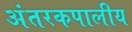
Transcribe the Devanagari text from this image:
अंतरकपालीय